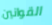
القوانين